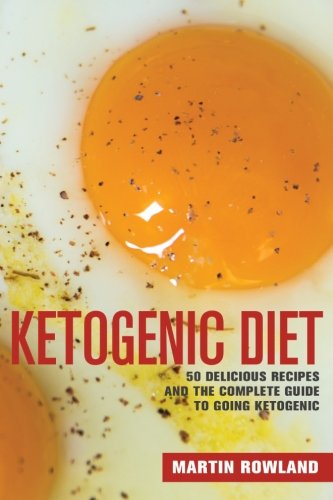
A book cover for Ketogenic Diet: 50 Delicious Ketogenic Recipes And The Complete Guide To Going Ketogenic; Martin Rowland; Cookbooks, Food & Wine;